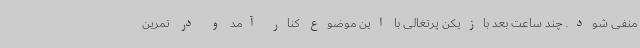
منفی شود. چند ساعت بعد بازیکن پرتغالی با این موضوع کنار آمد و در تمرین